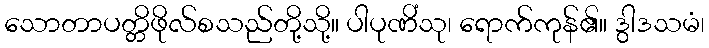
သောတာပတ္တိဖိုလ်စသည်တို့သို့။ ပါပုဏိံသု၊ ရောက်ကုန်၏။ ဒွါဒသမံ၊